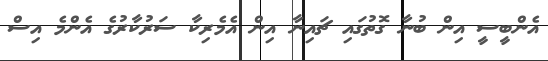
އެންބީސީ އިން ބުނާ ގޮތުގައި ޗައިނާ އިން އެމެރިކާ ސަރުކާރުގެ އެންމެ އިސް